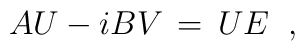
A U-i B V\,=\, U E \;\;,